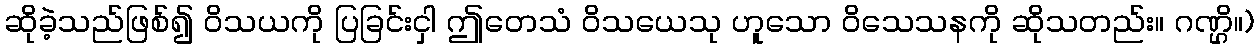
ဆိုခဲ့သည်ဖြစ်၍ ဝိသယကို ပြခြင်းငှါ ဤတေသံ ဝိသယေသု ဟူသော ဝိသေသနကို ဆိုသတည်း။ ဂဏ္ဌိ။)